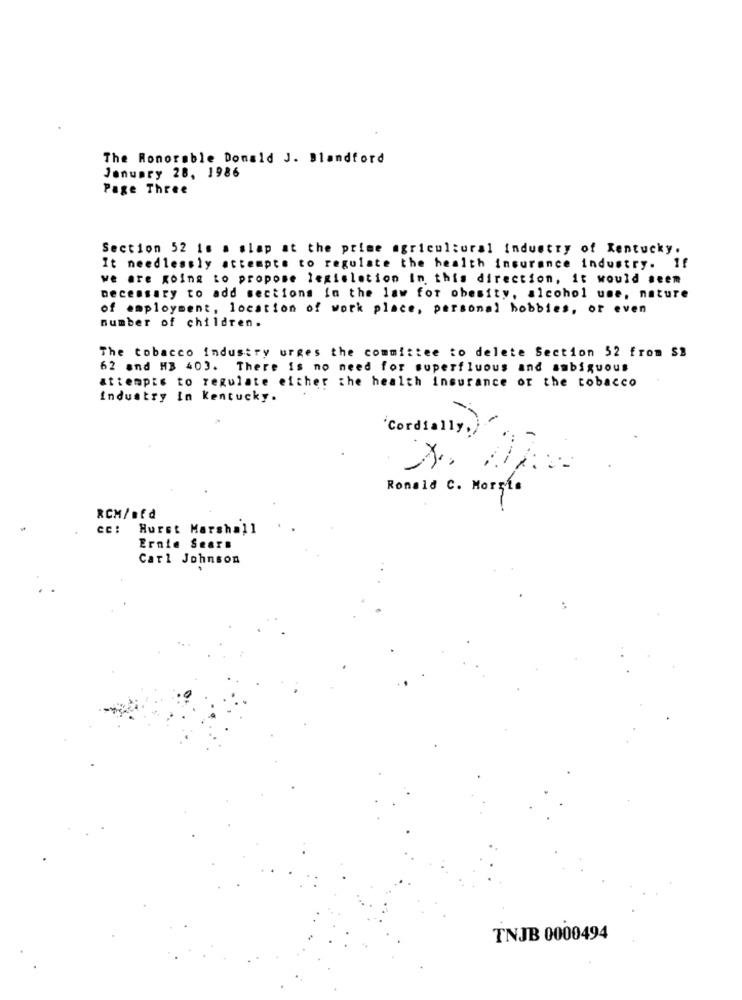
The Honorable Donald J. Blandford
January 28, 1986
Page Three
Section 52 is a slap at the prime agricultural industry of Kentucky.
It needlessly attempts to regulate the health insurance industry. If
we are going to propose legislation in this direction, it would seem
necessary to add sections in the law for obesity, alcohol une, nature
of employment, location of work place, personal hobbies, or even
number of children.
The tobacco industry urges the committee to delete Section 52 from SB
62 and HB 403. There is no need for superfluous and ambiguous
attempts to regulate either the health insurance or the tobacco
Industry In kentucky.
Cordially.
X. A.
Ronald C. Morris
RCM/sfd
CC:
Hurst Marshall
Ernie Sears
Carl Johnson
TNJB 0000494